Annual report on the working of the mental hospitals in the Madras Presidency - 1912-1932
Year: 1912
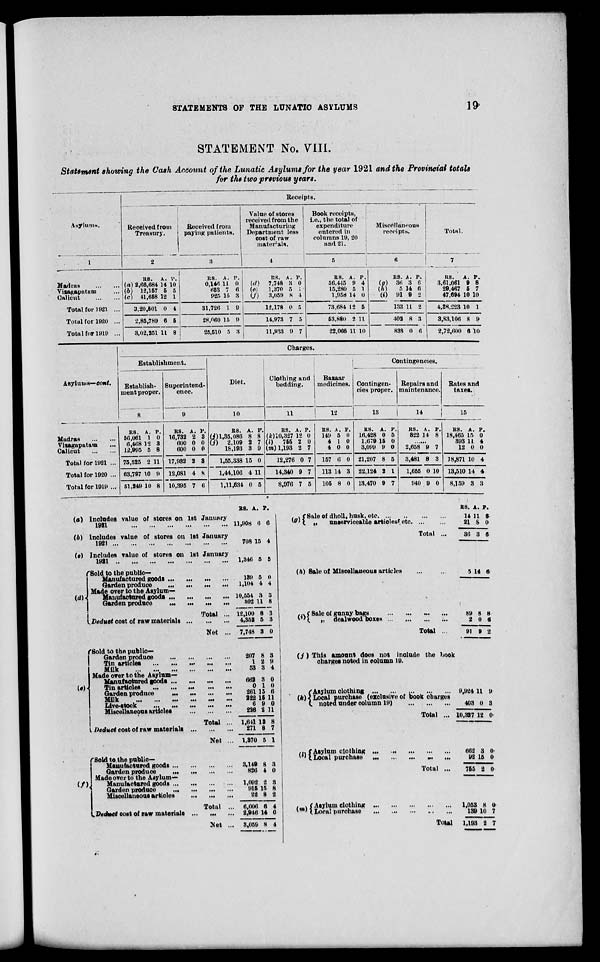
STATEMENTS OF THE LUNATIC ASYLUMS
19
STATEMENT No. VIII.
Statement showing the Cash Account of the Lunatic Asylums for the year 1921 and the Provincial totals
for the two previous years.
Asylums.
1
Madras
...
...
Vizagapatam...
Calicut
...
...
Total for 1921 ...
Total for 1920 ...
Total for 1919 ...
Receipts.
Received from
Treasury.
2
RS.
(a) 2,66,684
(b) 12,157
(c) 41,658
3,20,501
2,85,789
3,02,251
A.
14
5
12
0
6
11
P.
10
5
1
4
5
8
Received from
paying patients.
3
RS.
0,146
653
925
31,726
28,060
25,510
A.
11
7
15
1
15
5
P.
0
6
3
9
9
3
Value of stores
received from the
Manufacturing
Department less
cost of raw
materials.
4
RS.
(d) 7,748
(e)
1,370
(f)
3,059
12,178
14,973
11,933
A.
3
5
8
0
7
9
P.
0
1
4
5
5
7
Book receipts,
i.e., the total of
expenditure
entered in
columns 19, 20
and 21.
5
RS.
56,445
15,280
1,958
73,684
53,880
22,066
A.
9
5
14
12
2
11
P.
4
1
0
5
11
10
Miscellaneous
receipts.
6
RS.
(g) 36
(h)
5
(i) 91
133
402
838
A.
3
14
9
11
8
0
P.
6
6
2
2
3
6
Total.
7
RS.
3,61,061
29,467
47,694
4,38,223
3,83,106
2,72,600
A.
9
5
10
10
8
6
P.
8
7
10
1
9
10
Asylums—cont.
Madras
...
...
Vizagapatam
...
Calicut
...
...
Total for 1921 ...
Total for 1920 ...
Total for 1919 ...
Charges.
Establishment.
Establish-
ment proper.
8
RS.
56,061
6,468
12,995
75,525
63,797
51,249
A.
1
12
5
2
10
10
P.
0
3
8
11
9
8
Superintend¬
ence.
9
RS.
16,732
600
600
17,932
12,081
10,395
A.
2
0
0
2
4
7
P.
3
0
0
3
8
6
Diet.
10
RS.
(i) 1,35,086
(j) 2,109
18,193
1,55,338
1,44,106
1,11,634
A.
8
2
3
15
4
0
P.
8
7
9
0
11
5
Contingencies.
Clothing and
bedding.
11
RS.
(k) 10,327
(l) 755
(m) 1,193
12,276
14,340
8,976
A.
12
2
2
0
9
7
P.
0
0
7
7
7
5
Bazaar
medicines.
12
RS.
149
4
4
157
113
105
A.
5
1
0
6
14
8
P.
0
0
0
0
3
0
Contingen-
cies proper.
13
RS.
16,428
1,679
3,099
21,207
22,124
13,470
A.
0
15
9
8
2
9
P.
5
0
0
5
1
7
Repairs and
maintenance.
14
RS.
822
A.
14
P.
8
...
2,658
3,481
1,655
940
9
8
0
9
7
3
10
0
Rates and
taxes.
15
RS.
18,465
393
12
18,871
13,510
8,159
A.
15
11
0
10
14
3
P.
0
4
0
4
4
3
(a) Includes value of stores on 1st January
1921
...
...
...
...
...
...
(b) lncludes value of stores on 1st January
1921...
...
...
...
...
...
(c) Includes value of stores on 1st January
1921...
...
...
...
...
...
(d)
Sold to the public—
Manufactured goods... ... ... ...
Garden produce ... ... ... ...
Made over to the Asylum—
Manufactured goods ... ... ... ...
Garden produce
...
...
...
...
Total ...
Deduct cost of raw materials... ... ...
Net ...
Sold to the public—
Garden produce ... ... ... ...
Tin articles ... ... ... ... ...
Milk
...
...
...
...
...
...
Made over to the Asylum—
Manufactured goods ...
...
...
...
Tin
articles
...
...
...
...
...
Garden produce
...
...
...
...
Milk
...
...
...
...
...
...
Live-stock ...
...
...
...
...
Miscellaneous articles ... ... ... ...
Total ...
Deduct cost of raw materials ... ... ...
Net ...
(f)
Sold to the public—
Manufactured goods... ... ... ...
Garden produce
...
...
...
...
Made over to the Asylum—
Manufactured goods ... ... ... ... ...
Garden produce... ... ... ...
Miscellaneous articles ... ... ... ...
Total ...
Deduct cost of raw materials ... ... ...
Net ...
RS.
11,908
708
1,346
139
1,104
10,554
302
12,100
4,352
7,748
207
1
53
662
0
261
222
6
226
1,641
271
1,370
3,149
836
1,092
915
22
6,006
2,946
3,059
A.
6
15
5
5
4
3
11
8
5
3
8
2
3
3
1
15
15
9
2
13
8
5
8
4
2
15
8
6
14
8
P.
6
4
5
0
4
3
8
3
3
0
3
9
4
0
0
6
11
0
11
8
7
1
3
0
3
8
2
4
0
4
(g) Sale of dholl, husk, etc... ... ... ...
„
unserviceable articles etc. ... ... .
Total ...
(h) Sale of Miscellaneous articles ... ...
(i) Sale of gunny bags...
...
...
...
„ dealwood boxes... ... ... ...
Total ...
(f)
(k)
(i) This amount does not include the book
charges noted in column 19.
Asylum
clothing
...
...
...
...
Local purchase (exclusive of book Charges
noted under column 19) ... ... ... ...
Total ...
(l)
Asylum
clothing
...
...
...
...
...
Local purchase
...
...
...
...
Total ...
(m)
Asylum clothing
...
...
...
...
Local
purchase...
...
...
...
Total
RS.
14
21
36
5
89
2
91
9,924
403
10,327
662
92
755
l,053
139
1,193
A.
11
8
3
14
8
0
9
11
0
12
3
15
2
8
10
2
P.
6
0
6
6
8
6
2
9
3
0
0
0
0
0
7
7